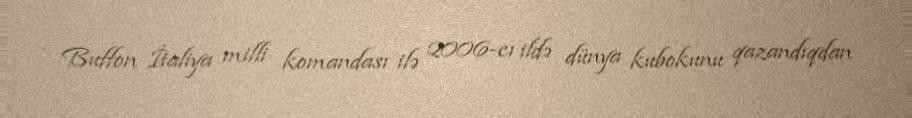
Buffon İtaliya milli komandası ilə 2006-cı ildə dünya kubokunu qazandıqdan